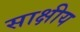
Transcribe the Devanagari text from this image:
साक्षीय